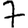
Digit: 7